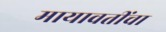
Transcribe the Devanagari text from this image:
मायावतींचा